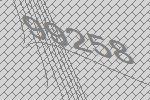
99258